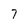
Character: 7